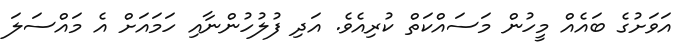
އަވަށުގެ ބައެއް މީހުން މަސައްކަތް ކުރިއެވެ. އަދި ފުލުހުންނާއި ހަމައަށް އެ މައްސަލަ